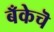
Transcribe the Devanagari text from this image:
बँकेचॆ